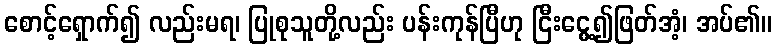
စောင့်ရှောက်၍ လည်းမရ၊ ပြုစုသူတို့လည်း ပန်းကုန်ပြီဟု ငြီးငွေ့၍ဖြတ်အံ့၊ အပ်၏။